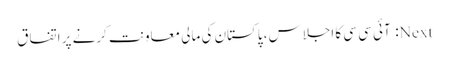
Next: آئی سی سی کا اجلاس، پاکستان کی مالی معاونت کرنے پر اتفاق